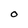
Character: O